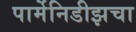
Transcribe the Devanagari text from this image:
पार्मेनिडीझचा